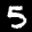
Label: 5